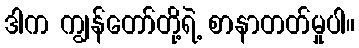
ဒါက ကျွန်တော်တို့ရဲ့ စာနာတတ်မှုပါ။